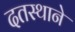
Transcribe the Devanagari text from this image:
दतस्थाने